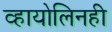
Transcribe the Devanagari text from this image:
व्हायोलिनही